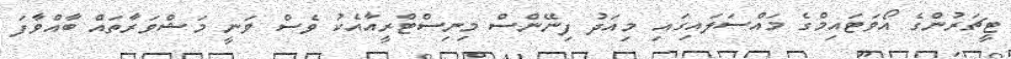
ޓީޗަރުންގެ އޯވަޓައިމްގެ މައްސަލައިގައި މިއަދު ފިނޭންސް މިނިސްޓްރީއާއެކު ވެސް ވަނީ މަޝްވަރާތައް ބާއްވާފަ